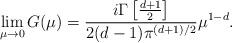
LaTeX: \begin{align*}\lim_{\mu \to 0} G(\mu)= \frac{i \Gamma \left[\frac{d+1}{2}\right]}{2(d-1) \pi^{(d+1)/2}} \mu^{1-d}.\end{align*}